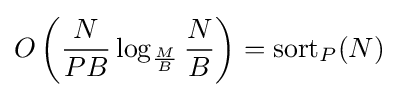
O\left({\frac {N}{PB}}\log _{\frac {M}{B}}{\frac {N}{B}}\right)={\textrm {sort}}_{P}(N)